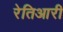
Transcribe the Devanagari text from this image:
रेतिआरी